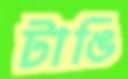
টাঙি